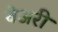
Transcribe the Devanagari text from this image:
वेअरी